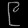
Digit: ၉